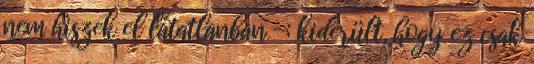
nem hiszek el látatlanban -; kiderült, hogy ez csak